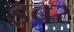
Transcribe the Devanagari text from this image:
इबर